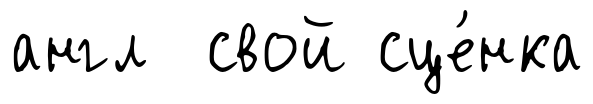
англ свой сце́нка